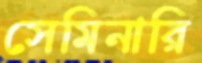
সেমিনারি